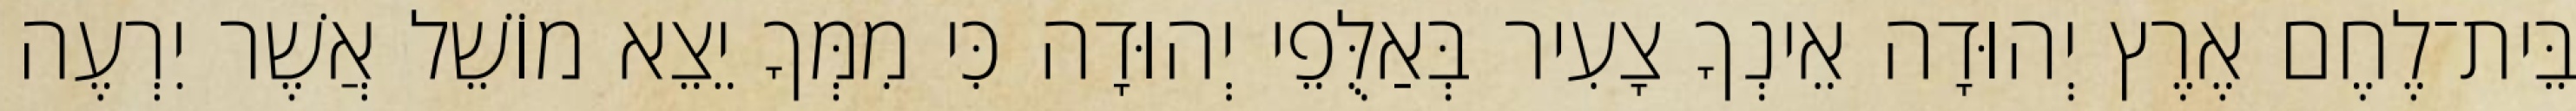
בֵּית־לֶחֶם אֶרֶץ יְהוּדָה אֵינְךָ צָעִיר בְּאַלֻּפֵי יְהוּדָה כִּי מִמְּךָ יֵצֵא מוֹשֵׁל אֲשֶׁר יִרְעֶה